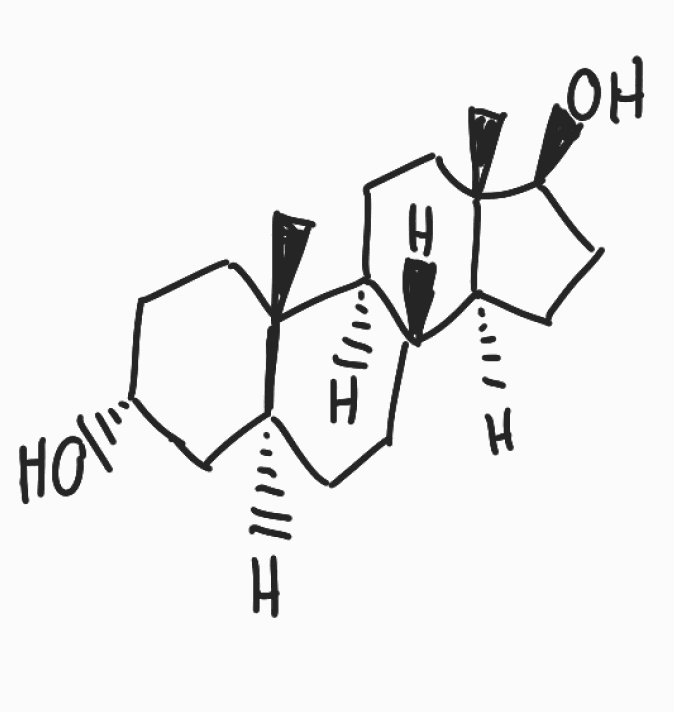
Simplified molecular-input line-entry system (SMILES) notation of the given molecule:
C[C@]12CC[C@H](C[C@@H]1CC[C@@H]3[C@@H]2CC[C@]4([C@H]3CC[C@@H]4O)C)O